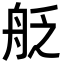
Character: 𮎊